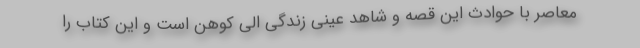
معاصر با حوادث این قصه و شاهد عینی زندگی الی کوهن است و این کتاب را